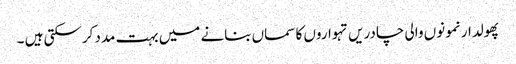
پھولدار نمونوں والی چادریں تہواروں کا سماں بنانے میں بہت مدد کرسکتی ہیں ۔